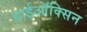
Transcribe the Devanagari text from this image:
डाईऑक्सिन